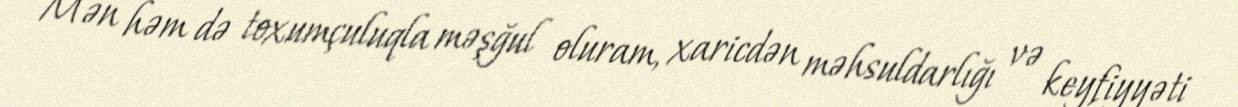
Mən həm də toxumçuluqla məşğul oluram, xaricdən məhsuldarlığı və keyfiyyəti